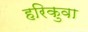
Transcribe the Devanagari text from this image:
हरिकुवा